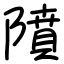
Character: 隫